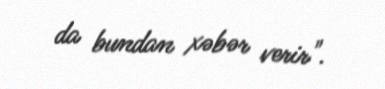
da bundan xəbər verir".